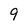
Character: 9